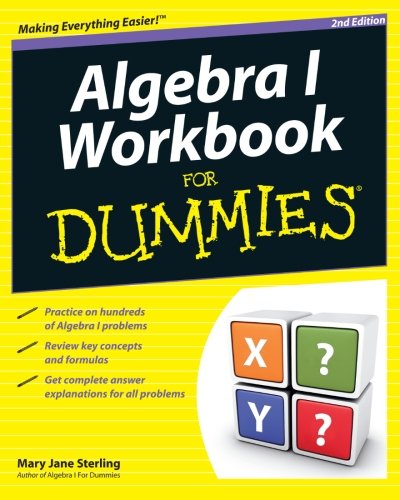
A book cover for Algebra I Workbook For Dummies; Mary Jane Sterling; Test Preparation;